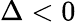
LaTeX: \Delta<0